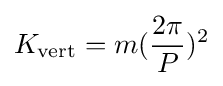
K_{\text{vert}}=m({\frac {2\pi }{P}})^{2}